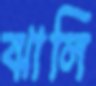
ঝালি